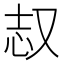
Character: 𫨺